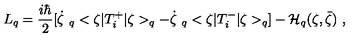
L _ { q } = \frac { i \hbar } { 2 } [ \dot { \zeta } \ _ { q } < \zeta | T _ { i } ^ { + } | \zeta > _ { q } - \dot { \zeta } \ _ { q } < \zeta | T _ { i } ^ { - } | \zeta > _ { q } ] - { \cal H } _ { q } ( \zeta , \bar { \zeta } ) \ ,